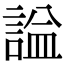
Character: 𧨦